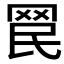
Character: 𦊞